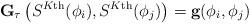
LaTeX: \begin{align*} \textbf{G}_\tau\left( S^{K\textnormal{th}}(\phi_i), S^{K\textnormal{th}}(\phi_j) \right) = \textbf{g}(\phi_i, \phi_j) \end{align*}